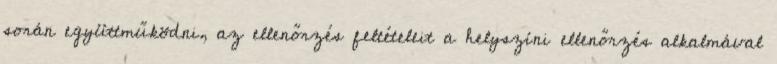
során együttműködni, az ellenőrzés feltételeit a helyszíni ellenőrzés alkalmával